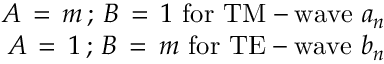
\begin{array} { r } { A \, = \, m \, ; \, B \, = \, 1 \, \, \mathrm { f o r \, \, T M - w a v e \, \, } a _ { n } } \\ { \ A \, = \, 1 \, ; \, B \, = \, m \, \, \mathrm { f o r \, \, T E - w a v e \, \, } b _ { n } } \end{array}